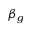
\beta _ { g }